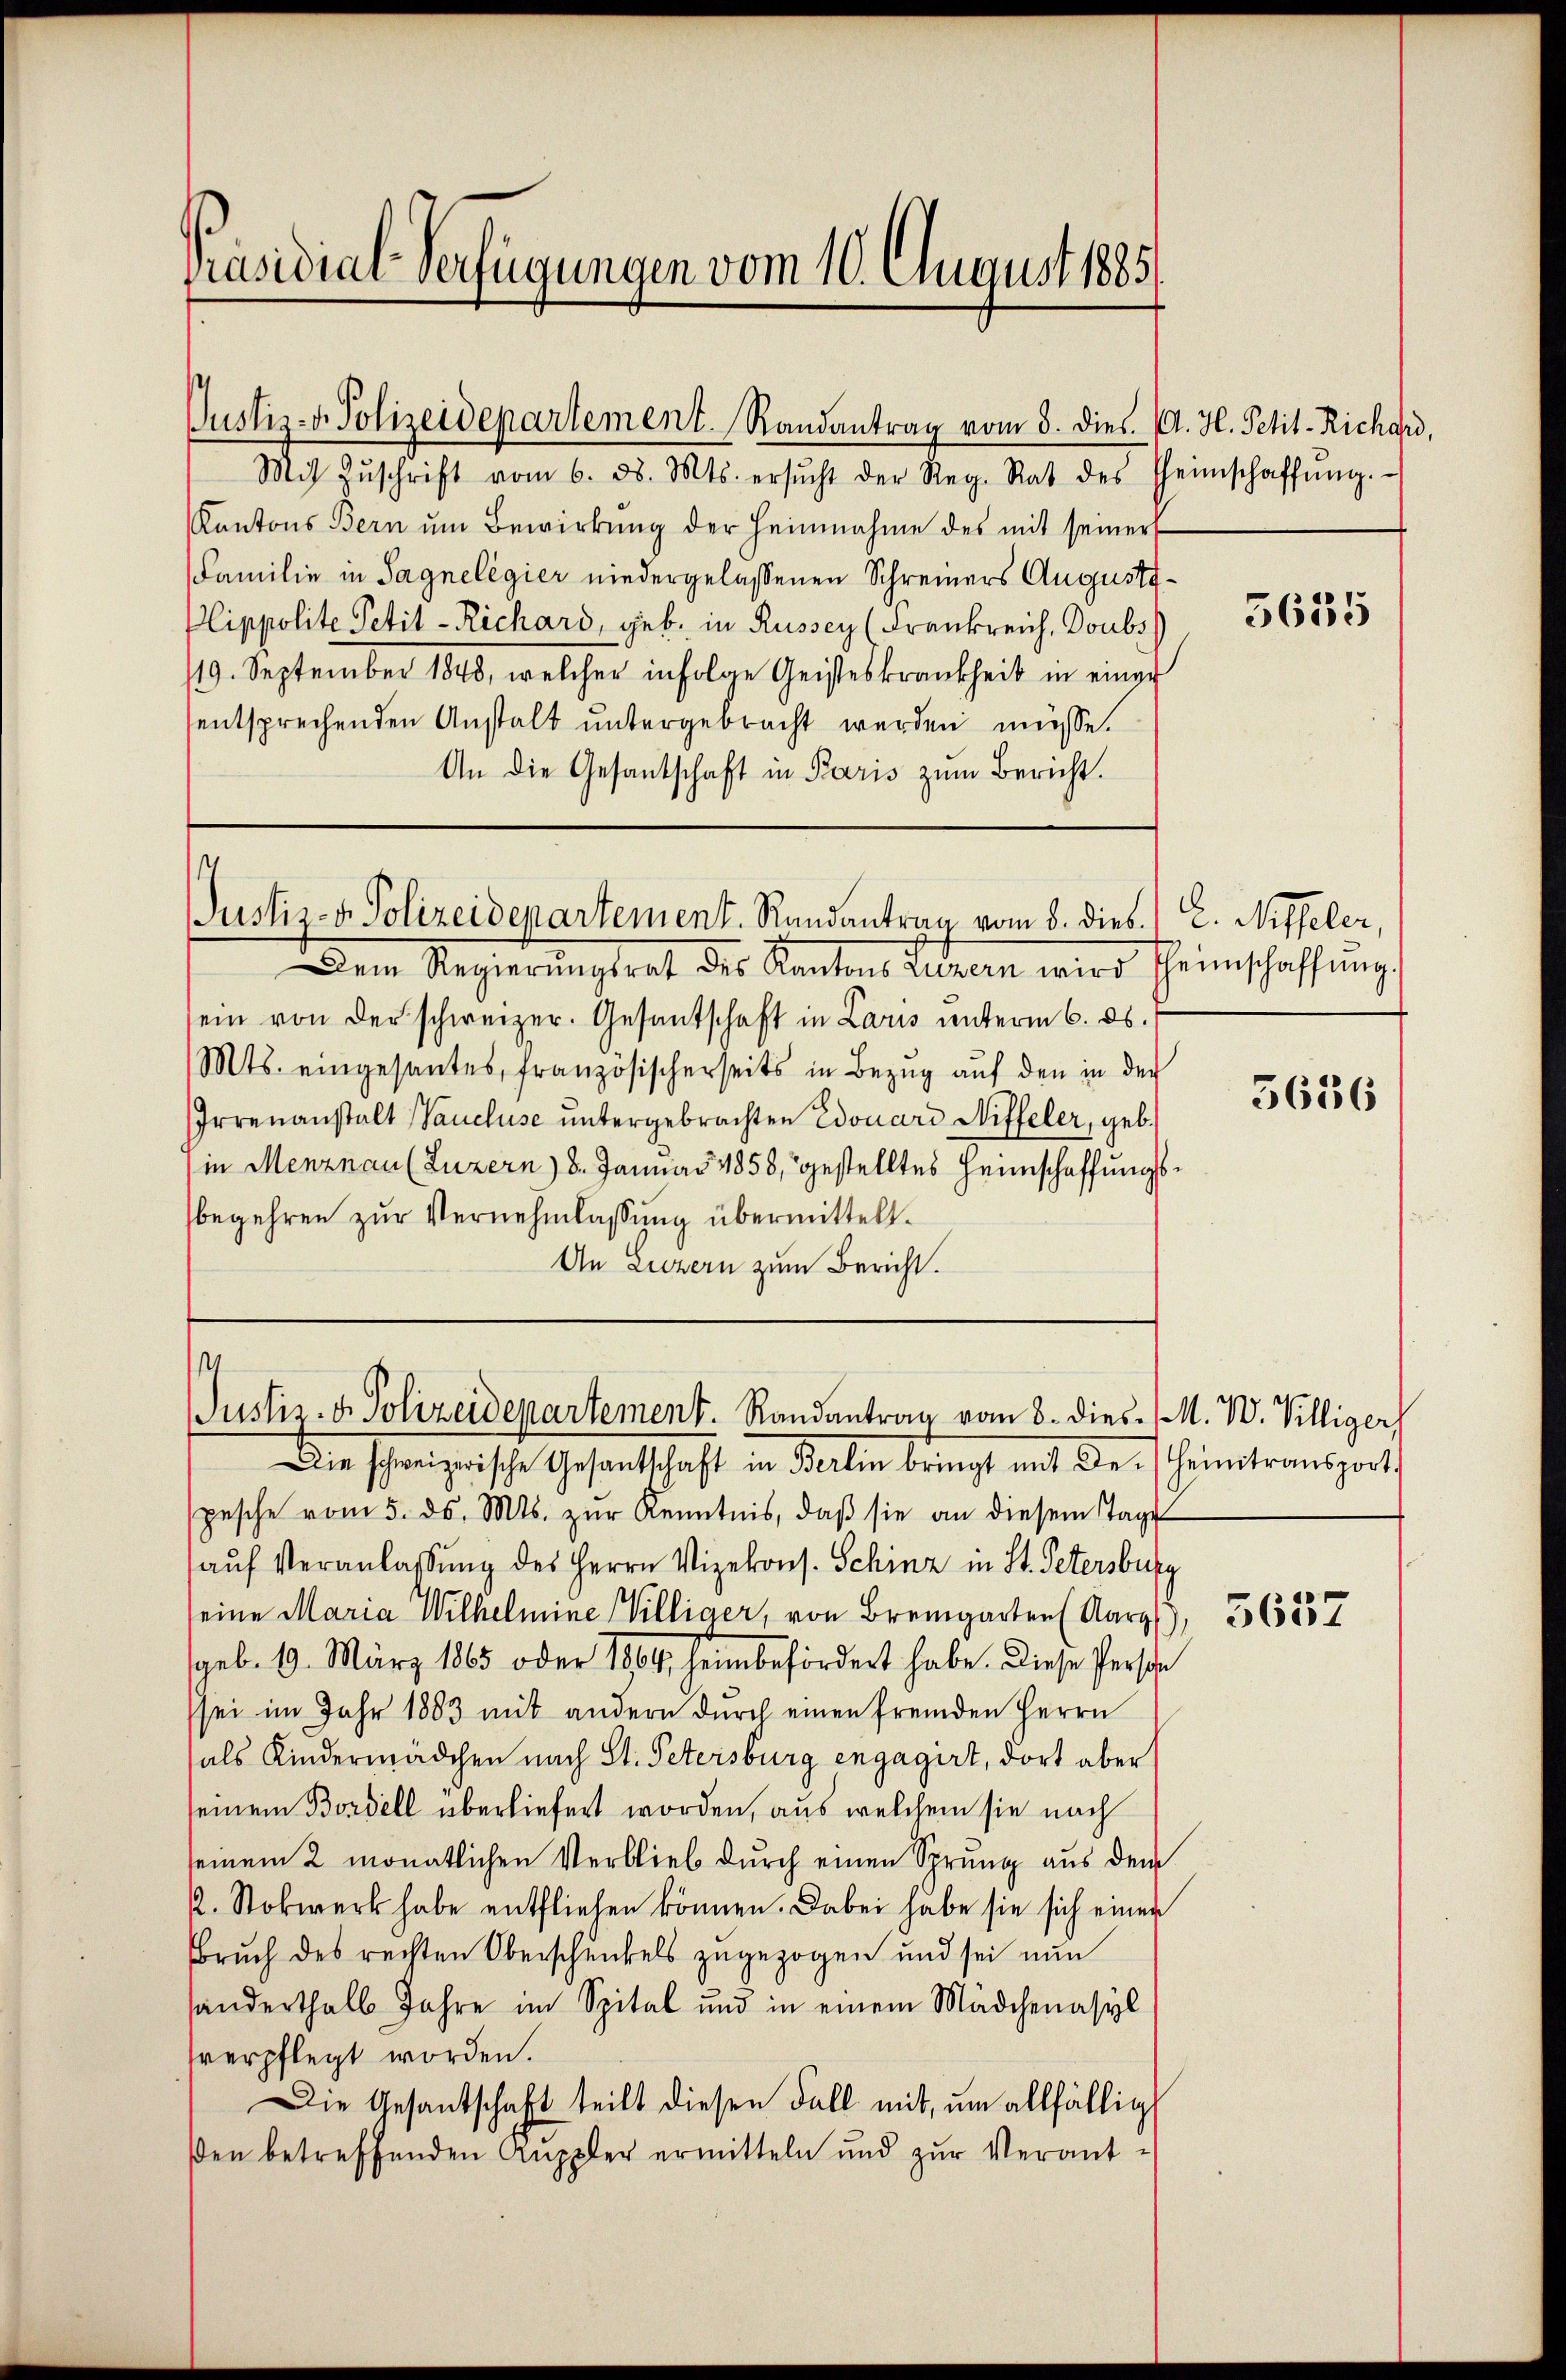
Präsidial-Verfügungen vom 10. August 1885/

Justiz- & Polizeidepartement. Randantrag vom 8. dies. A. H. Petit-Richard,

Mit Zŭschrift vom 6. d. Mts. ersŭcht der Reg. Rat des Heimschaffŭng.
Kantons Bern ŭm Bewirkŭng der Heinnahme des mit seiner
Familie in Sagnelegier niedergelassenen Schreiners Augusti¬
Plippolite Petit-Richard, geb. in Russey (Frankreich, Doubs
119. September 1848, welcher infolge Geisteskrankheit in einer
entsprechenden Anstalt untergebracht werden müsse.
An die Gesantschaft in Paris zum Bericht.

s
Justiz- & Polizeidepartement. Randantrag vom 8. dies. E. Niffeler,

em Regierungsrat des Kantons Seren wird heimschaffungs
sein von der schweizer. Gesantschaft in Laris unterm 6. ds.
Mts. eingesantes, französischerseits in Bezug auf den in der
Irrenanstalt (Vaucluse untergebrachten Edouard Niffeler, geb.
in Menznau (Luzern) 8. Januar 1858, gestelltes Heimschaffungsbegehren zur Vernehmlassung übermittelt.
An Luzern zum Bericht.

1
Justiz- & Polizeidepartement. Randantrag vom 8. dies / M. W. Villiger,

Die schweizerische Gesantschaft in Berlin bringt mit Dr. Heimtransport
spesche vom 5. ds. Mts. zŭr Kenntnis, daβ sie an diesem Tage
auf Veranlassung des Herrn Vizekons. Schinz in St. Petersburg
seine Maria Wilhelmine Villiger, von Bremgarten (Aarg
geb. 19. März 1865 oder 1864, heim befördert habe. Diese Persche
sei im Jahr 1883 mit andern durch einen fremden Herrn
als Kindermädchen nach St. Petersburg engagirt, dort aber
seinem Bordell überliefert worden, aus welchem sie nach
seinem 2 monatlichen Verblieb durch einen Sprung aus dem
2. Stokwerk habe entfliehen können. Dabei habe sie sich einen
Bruch des rechten Oberschenkels zugezogen und sei nun
handerthalb Jahre im Spital und in einem Mädchenasyl
verpflegt worden.
Die Gesantschaft teilt diesen Fall mit, um allfällig
ßen betreffenden Auppler ermitteln und zur Verant-

3635

5636

5657